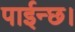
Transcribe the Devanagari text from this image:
पाईन्छ।